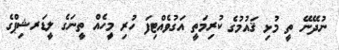
ނުދޭނޭ ތީ މުޅި ޤައުމުގެ ކުރިމަތީ އަގުވެއްޓިފަ ހުރި މިީހެއް ތީނަގެ ލީޑަރޝިޕްގެ